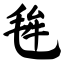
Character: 毪